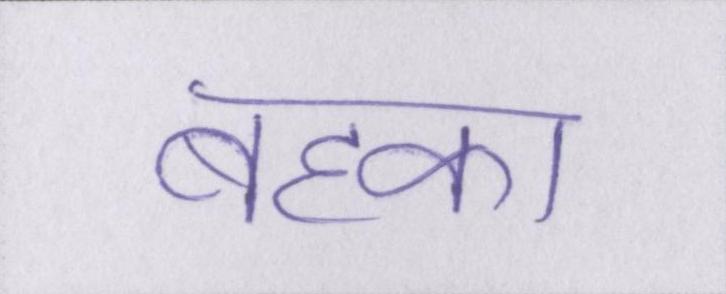
बहका